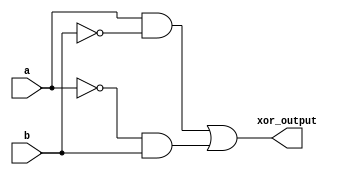
module xor_gate(
    input a,
    input b,
    output xor_output
);

assign not_a = ~a;
assign not_b = ~b;

assign xor_output = (a & not_b) | (not_a & b);

endmodule